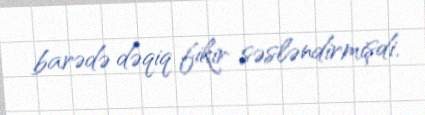
barədə dəqiq fikir səsləndirmişdi.